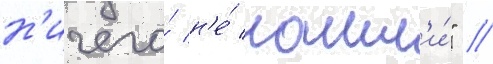
н'ичего́ н'е́ нашл'и́" //